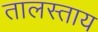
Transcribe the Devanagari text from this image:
तालस्ताय